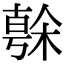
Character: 𣘒